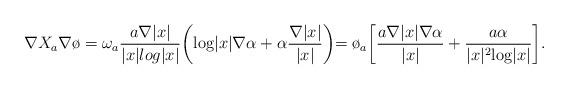
LaTeX: \begin{align*}\nabla X_a \nabla \o= \omega_a \frac{a \nabla |x|}{|x| log |x|} \biggl( \textrm{log} |x| \nabla \alpha + \alpha \frac{\nabla |x|}{|x|}\biggl)=\o_a \biggl[\frac{a \nabla |x| \nabla \alpha }{|x|} + \frac{a \alpha }{ |x|^2 \textrm{log} |x|}\biggl].\end{align*}